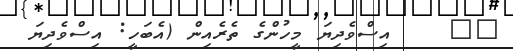
٣٩    އިސްވެދިޔަ މީހުންގެ ތެރެއިން (އެބަހީ: އިސްވެދިޔަ